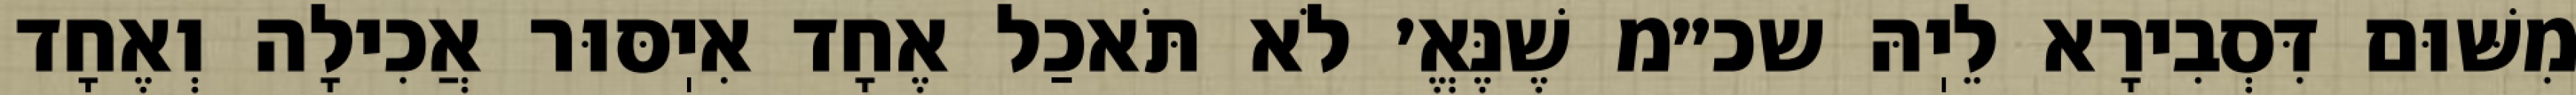
מִשּׁוּם דִּסְבִירָא לֵיֽהּ שכ״מ שֶׁנֶּאֱ׳ לֹא תֹּאכַל אֶחָד אִיֽסּוּר אֲכִילָה וְאֶחָד